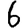
Digit: 6